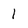
Character: 1